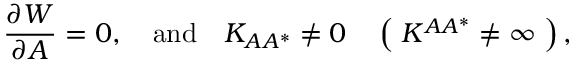
{ \frac { \partial { \cal W } } { \partial A } } = 0 , \quad \mathrm { a n d } \quad K _ { A A ^ { * } } \not = 0 \quad \left( \; K ^ { A A ^ { * } } \not = \infty \; \right) ,